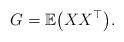
LaTeX: \begin{align*}G =\mathbb E \bigl( X X^{\top} \bigr) .\end{align*}